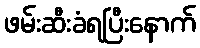
ဖမ်းဆီးခံရပြီးနောက်